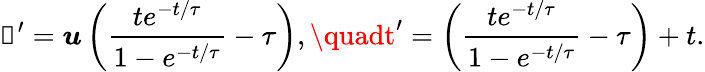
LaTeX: \boldsymbol{\mathscr{R}}^{\prime}=\boldsymbol{u}\left(\frac{{te^{-t/\tau}}}{{1-e^{-t/\tau}}}-\tau\right),\quadt^{\prime}=\left(\frac{{te^{-t/\tau}}}{{1-e^{-t/\tau}}}-\tau\right)+t.